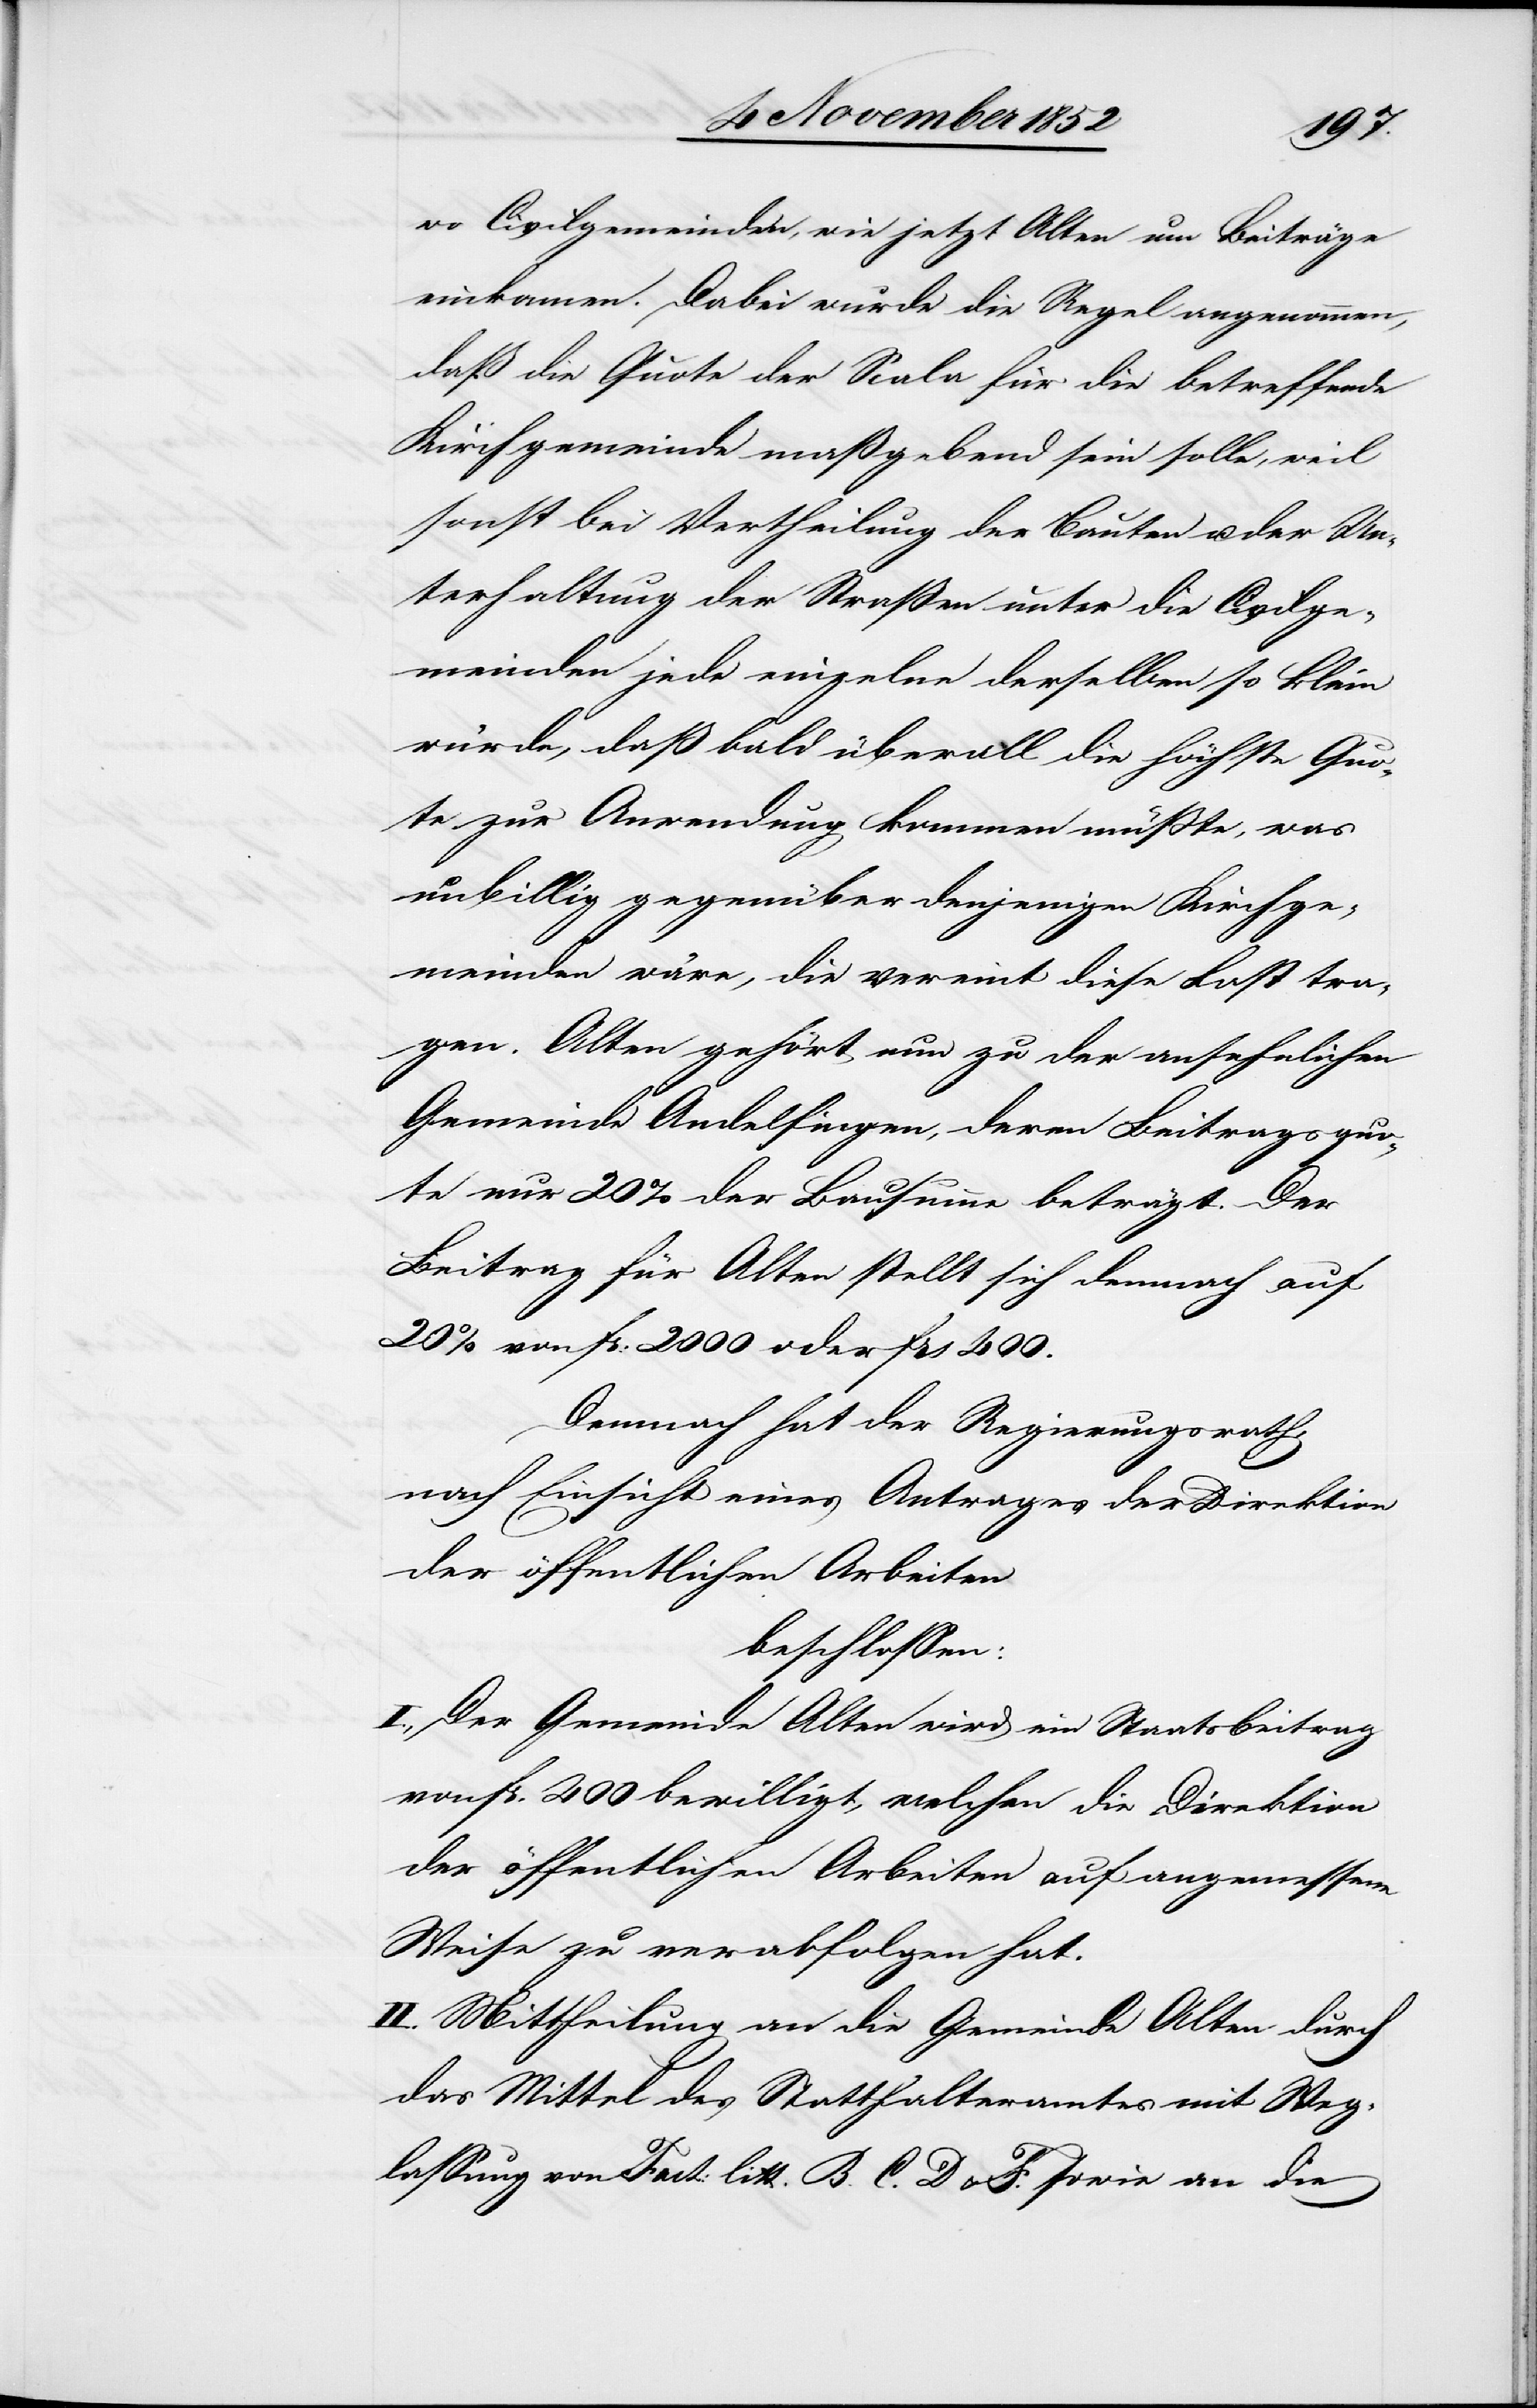
wo Civilgemeinden, wie jetzt Alten um Beiträge
einkamen. Dabei wurde die Regel angenommen,
daß die Quote der Scala für die betreffende
Kirchgemeinde maßgebend sein solle, weil
sonst bei Vertheilung der Bauten u. der Un¬
terhaltung der Straßen unter die Civilge¬
meinden jede einzelne derselben so klein
würde, daß bald überall die höchste Quo¬
te zur Anwendung kommen müßte, was
unbillig gegenüber denjenigen Kirchge¬
meinden wäre, die vereint diese Last tra¬
gen. Alten gehört nun zu der ansehnlichen
Gemeinde Andelfingen, deren Beitragsquo¬
te nur 20% der Bausumme beträgt. Der
Beitrag für Alten stellt sich demnach auf
20% von Fr: 2000 oder Frs 400.
Demnach hat der Regierungsrath,
nach Einsicht eines Antrages der Direktion
der öffentlichen Arbeiten
beschlossen:
I., Der Gemeinde Alten wird ein Staatsbeitrag
von Fr. 400 bewilligt, welchen die Direktion
der öffentlichen Arbeiten auf angemessene
Weise zu verabfolgen hat.
II. Mittheilung an die Gemeinde Alten durch
das Mittel des Statthalteramtes mit Weg¬
lassung von Fact: litt. B.[,] C.[,] D & F. sowie an die